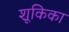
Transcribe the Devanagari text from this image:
शूकिका